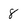
Character: 8